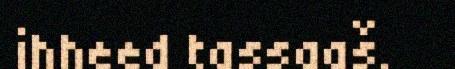
ihheed tassaaš.